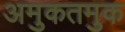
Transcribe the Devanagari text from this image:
अमुकतमुक